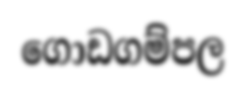
ගොඩගම්පල